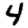
Digit: 4